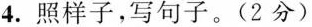
4.照样子，写句子。(2分)